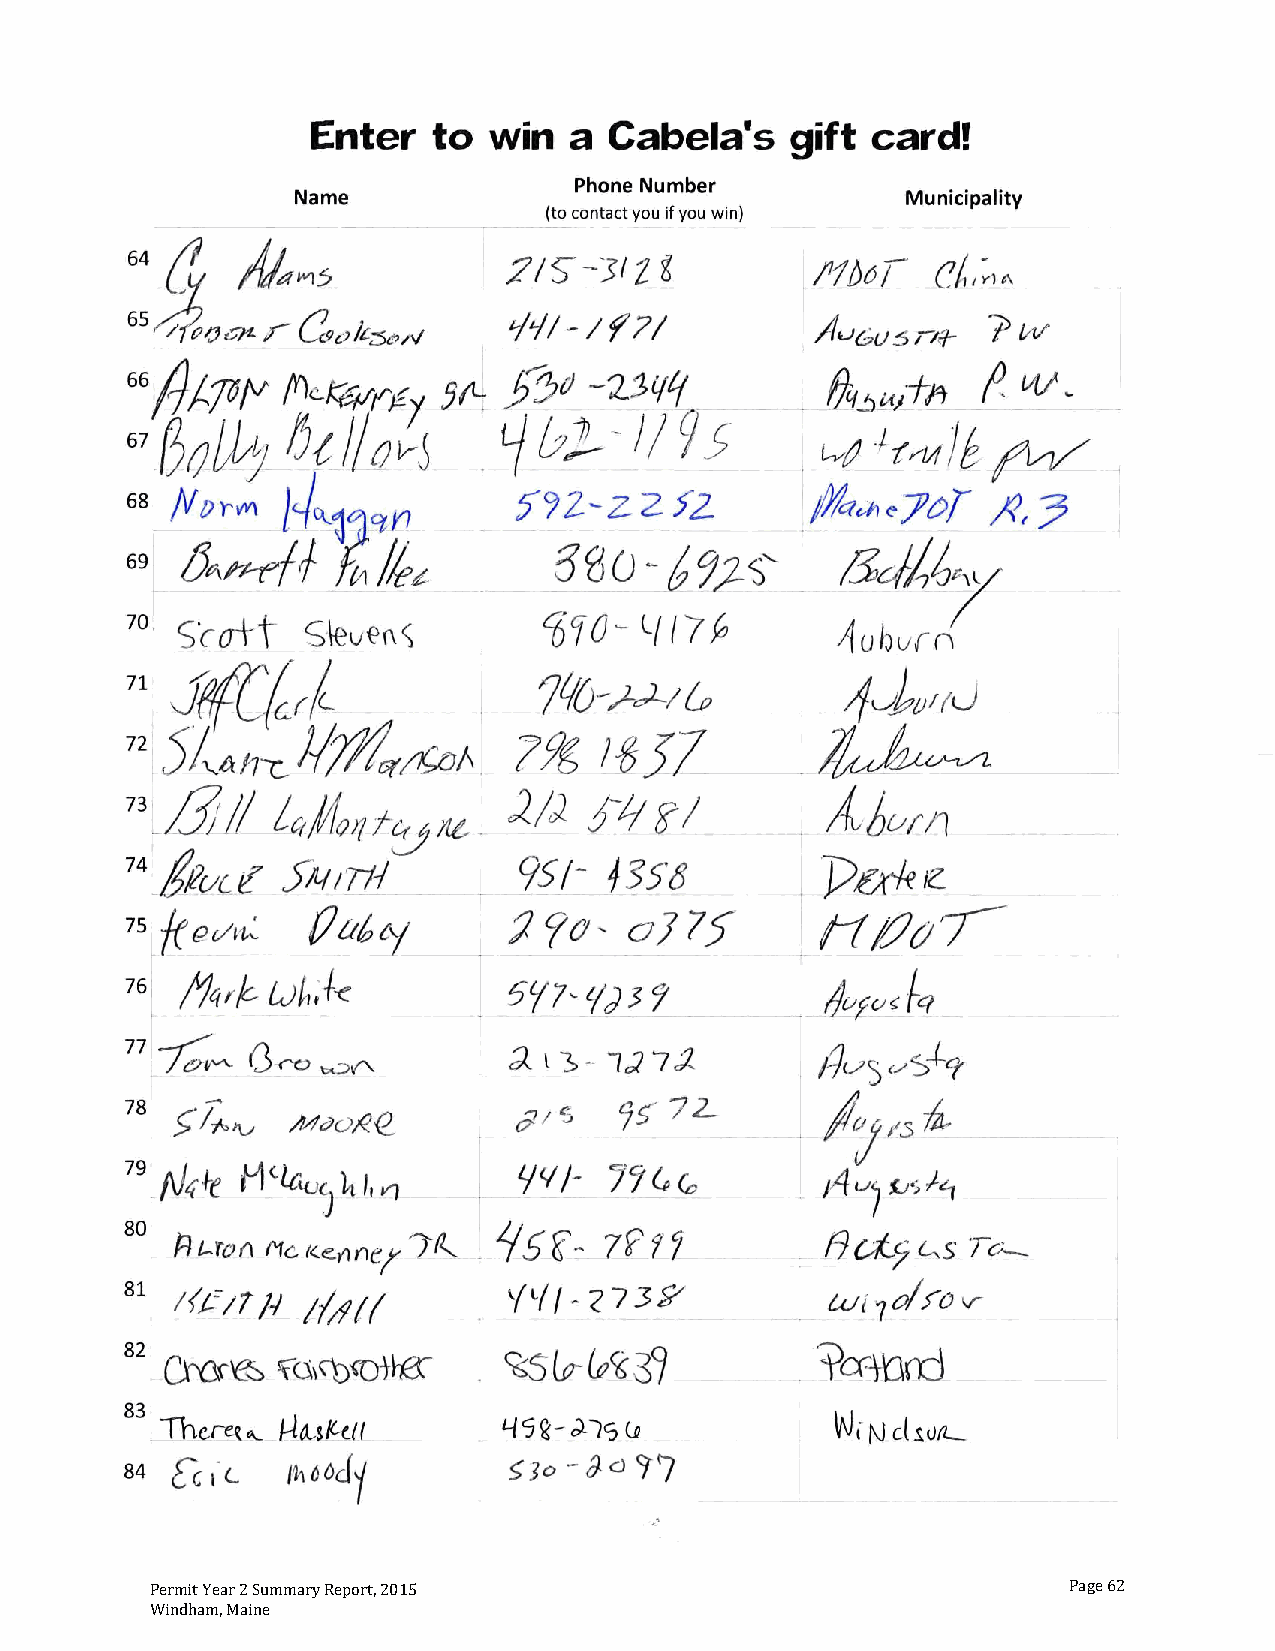
Permit Year 2 Summary Report, 2015                           Page 62
 Windham, Maine